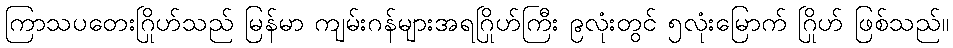
ကြာသပတေးဂြိုဟ်သည် မြန်မာ ကျမ်းဂန်များအရဂြိုဟ်ကြီး ၉လုံးတွင် ၅လုံးမြောက် ဂြိုဟ် ဖြစ်သည်။